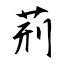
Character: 荊